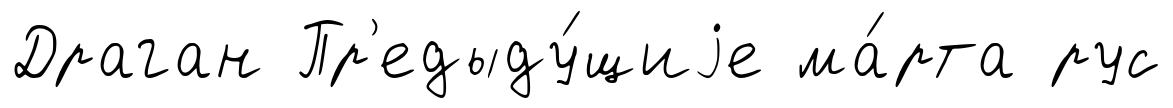
Драган Пр'едыду́щиjе ма́рта рус